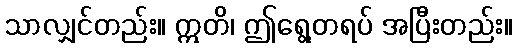
သာလျှင်တည်း။ ဣတိ၊ ဤရွေ့တရပ် အပြီးတည်း။